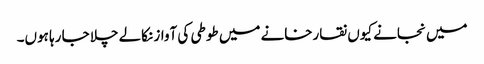
میں نجانے کیوں نقارخانے میں طوطی کی آواز نکالے چلا جا رہا ہوں۔